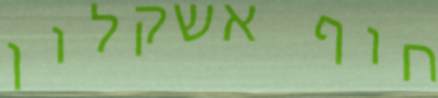
חוף אשקלון